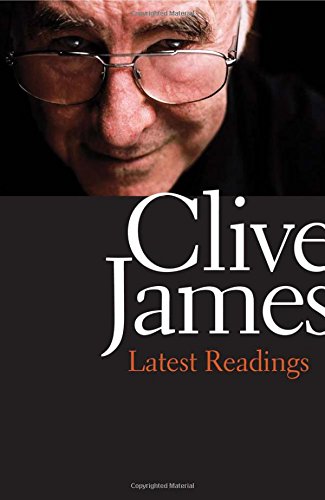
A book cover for Latest Readings; Clive James; Literature & Fiction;